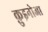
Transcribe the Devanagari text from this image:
क़ुइनोआ